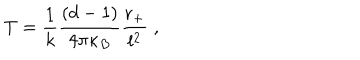
T = \frac { 1 } { k } \frac { ( d - 1 ) } { 4 \pi \kappa _ { B } } \frac { r _ { + } } { l ^ { 2 } } \; ,